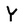
Character: Y